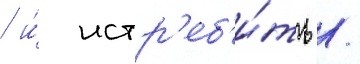
/ и́ истр'еб'и́ть /